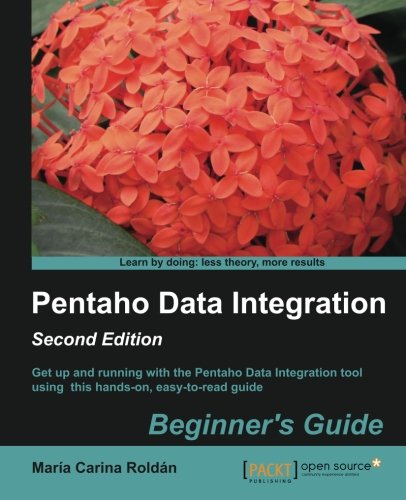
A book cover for Pentaho Data Integration Beginner's Guide, Second Edition; MarÃ­a Carina RoldÃ¡n; Computers & Technology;